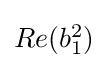
{\textstyle Re(b_{1}^{2})}